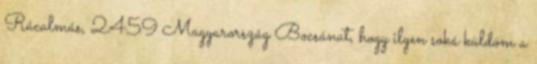
Rácalmás, 2459 Magyarország Bocsánat, hogy ilyen soká küldöm a